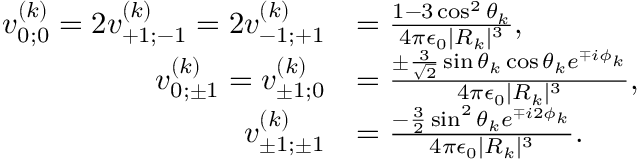
\begin{array} { r l } { v _ { 0 ; 0 } ^ { ( k ) } = 2 v _ { + 1 ; - 1 } ^ { ( k ) } = 2 v _ { - 1 ; + 1 } ^ { ( k ) } } & { = \frac { 1 - 3 \cos ^ { 2 } \theta _ { k } } { 4 \pi \epsilon _ { 0 } | R _ { k } | ^ { 3 } } , } \\ { v _ { 0 ; \pm 1 } ^ { ( k ) } = v _ { \pm 1 ; 0 } ^ { ( k ) } } & { = \frac { \pm \frac { 3 } { \sqrt { 2 } } \sin \theta _ { k } \cos \theta _ { k } e ^ { \mp i \phi _ { k } } } { 4 \pi \epsilon _ { 0 } | R _ { k } | ^ { 3 } } , } \\ { v _ { \pm 1 ; \pm 1 } ^ { ( k ) } } & { = \frac { - \frac { 3 } { 2 } \sin ^ { 2 } \theta _ { k } e ^ { \mp i 2 \phi _ { k } } } { 4 \pi \epsilon _ { 0 } | R _ { k } | ^ { 3 } } . } \end{array}